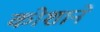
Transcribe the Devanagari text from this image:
कोशाने